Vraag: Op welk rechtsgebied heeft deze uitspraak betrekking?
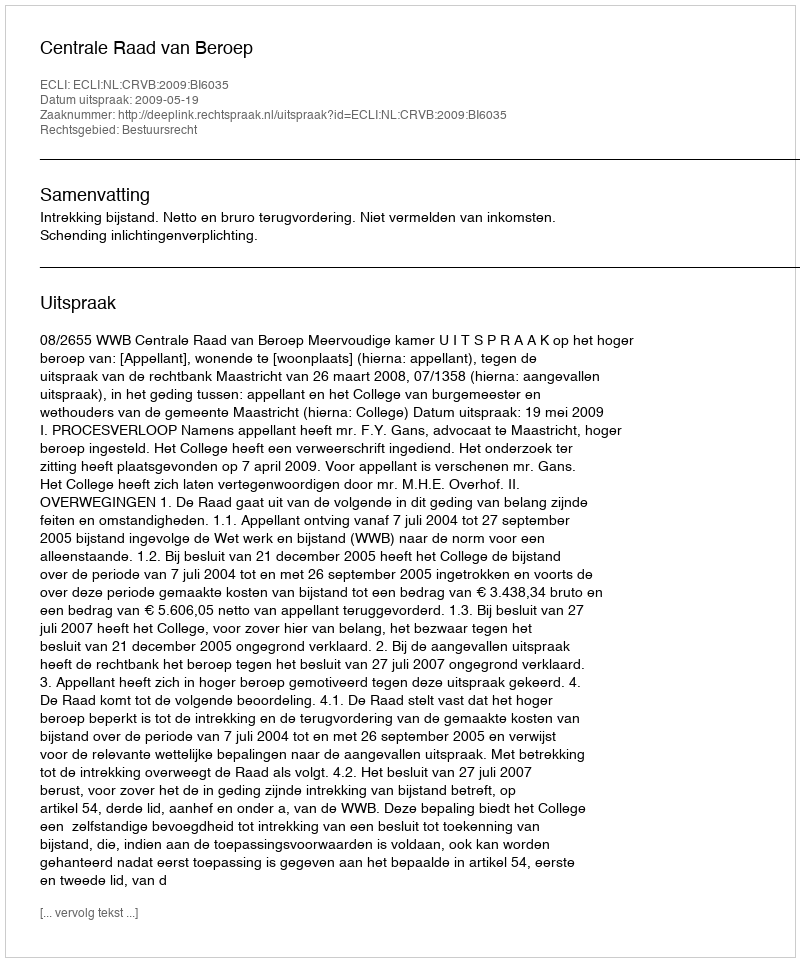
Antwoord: Bestuursrecht